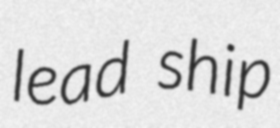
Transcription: lead ship